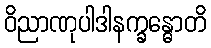
ဝိညာဏုပါဒါနက္ခန္ဓောတိ